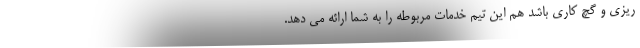
ریزی و گچ کاری باشد هم این تیم خدمات مربوطه را به شما ارائه می دهد.